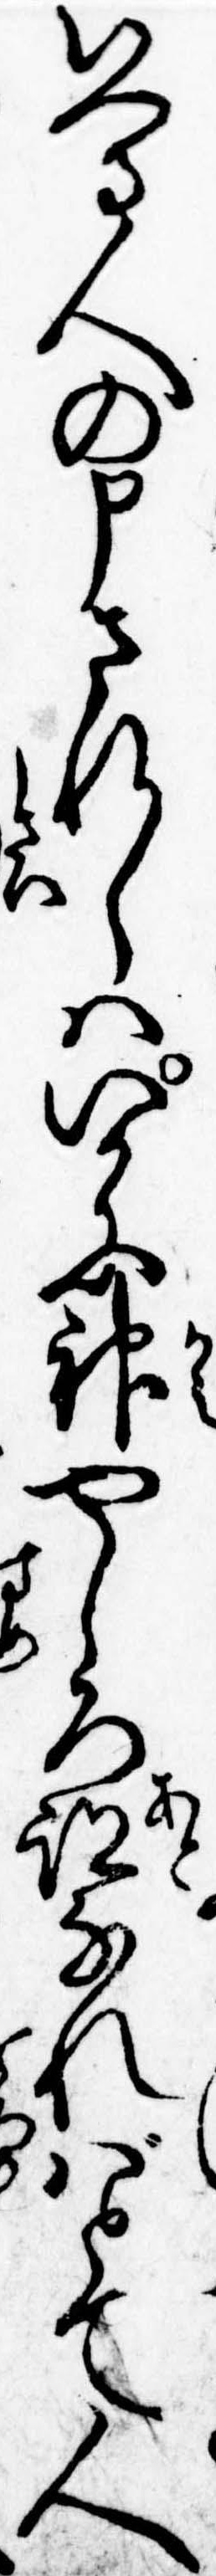
いへる人の申されしはいかに神やしろ跡なればとて人